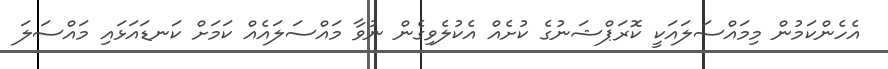
އެހެންކަމުން މިމައްސަލައަކީ ކޮރަޕްޝަނުގެ ކުށެއް އެކުލެވިގެން ނުވާ މައްސަލައެއް ކަމަށް ކަނޑައަޅައި މައްސަލަ